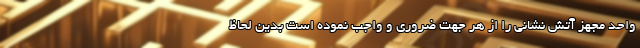
واحد مجهز آتش نشانی را از هر جهت ضروری و واجب نموده است بدین لحاظ